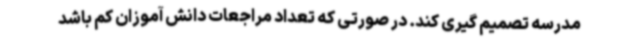
مدرسه تصمیم گیری کند. در صورتی که تعداد مراجعات دانش آموزان کم باشد